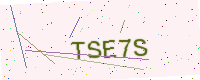
Text: TSE7S